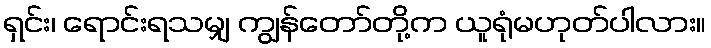
ရှင်း၊ ရောင်းရသမျှ ကျွန်တော်တို့က ယူရုံမဟုတ်ပါလား။